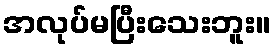
အလုပ်မပြီးသေးဘူး။